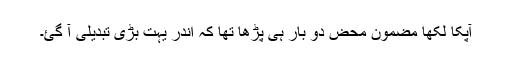
آپکا لکھا مضمون محض دو بار ہی پڑھا تھا کہ اندر یہت بڑی تبدیلی آ گئ۔